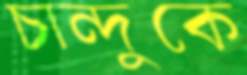
চান্দুকে